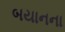
બયાનના